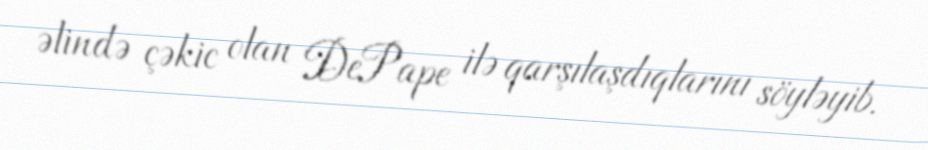
əlində çəkic olan DePape ilə qarşılaşdıqlarını söyləyib.